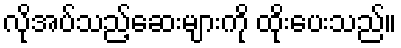
လိုအပ်သည့်ဆေးများကို ထိုးပေးသည်။